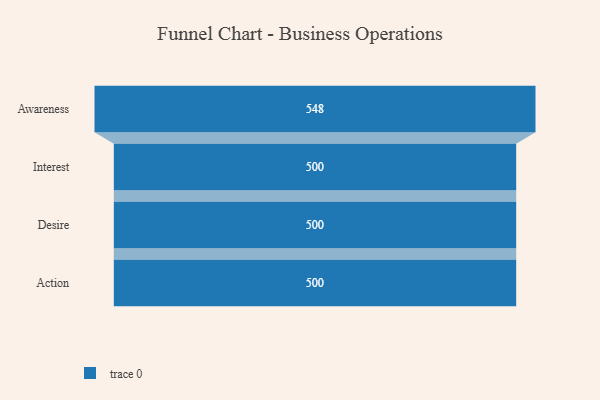
{"axis": {"x": "Stage", "y": "Value"}, "legend": [""], "data": [{"x": "Awareness", "y": 548.0, "type": ""}, {"x": "Interest", "y": 500, "type": ""}, {"x": "Desire", "y": 500, "type": ""}, {"x": "Action", "y": 500, "type": ""}]}